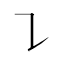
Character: ㇊